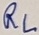
Text: RL